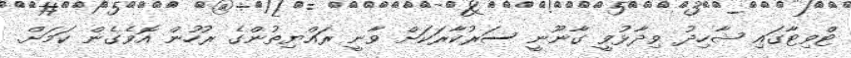
ޓްވިޓާގައި ޝާހިދު ވިދާޅުވީ ގާނޫނީ ސަރުކާރަކަށް ވާނީ ރައްޔިތުންގެ ރުހުން އޮވެގެން ކަމަށް.